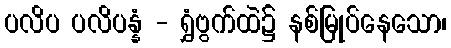
ပလိပ ပလိပန္နံ - ရွှံဗွက်ထဲ၌ နစ်မြုပ်နေသော၊